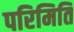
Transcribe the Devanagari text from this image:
परिमिति